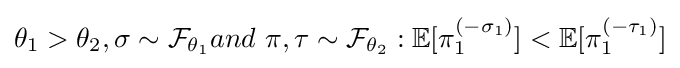
\theta _{1}>\theta _{2},\sigma \sim {\mathcal {F}}_{\theta _{1}}and\ \pi ,\tau \sim {\mathcal {F}}_{\theta _{2}}:\mathbb {E} [\pi _{1}^{(-\sigma _{1})}]<\mathbb {E} [\pi _{1}^{(-\tau _{1})}]